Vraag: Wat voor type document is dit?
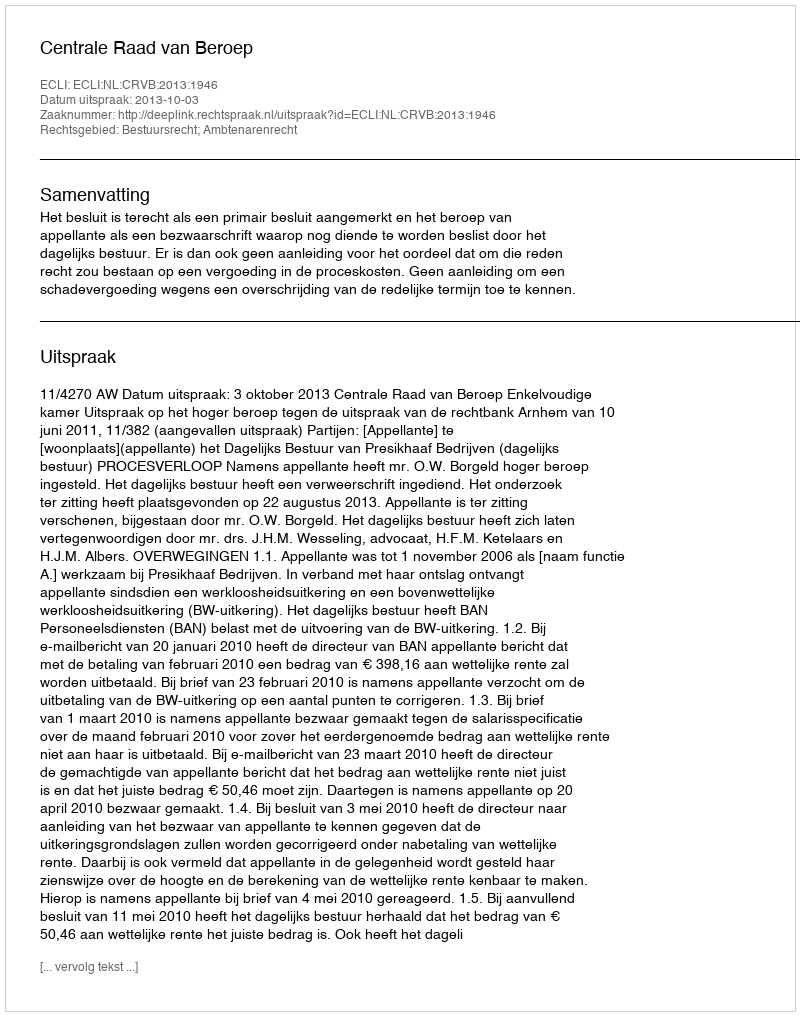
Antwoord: Uitspraak